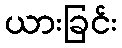
ယားခြင်း